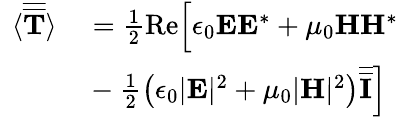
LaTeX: \begin{array}{rl}{\langle\overline{{\overline{{\mathbf{T}}}}}\rangle}&{{}=\frac{1}{2}\textrm{Re}\Bigr[\epsilon_{0}\mathbf{E}\mathbf{E}^{*}+\mu_{0}\mathbf{H}\mathbf{H}^{*}}\\ {\qquad}&{{}-\frac{1}{2}\left(\epsilon_{0}|\mathbf{E}|^{2}+\mu_{0}|\mathbf{H}|^{2}\right)\overline{{\overline{{\mathbf{I}}}}}\Bigr]}\end{array}